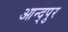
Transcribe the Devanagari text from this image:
आन्द्पुर